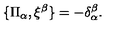
\{ \Pi _ { \alpha } , \xi ^ { \beta } \} = - \delta _ { \alpha } ^ { \beta } .